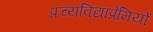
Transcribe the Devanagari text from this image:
प्रच्यविद्याप्रेमियों